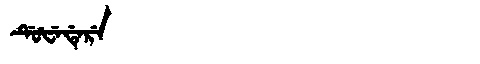
Manchu: ᡩᡠᡶᡝᡩᡝᡵᡝ
Romanization: DUFEDERE